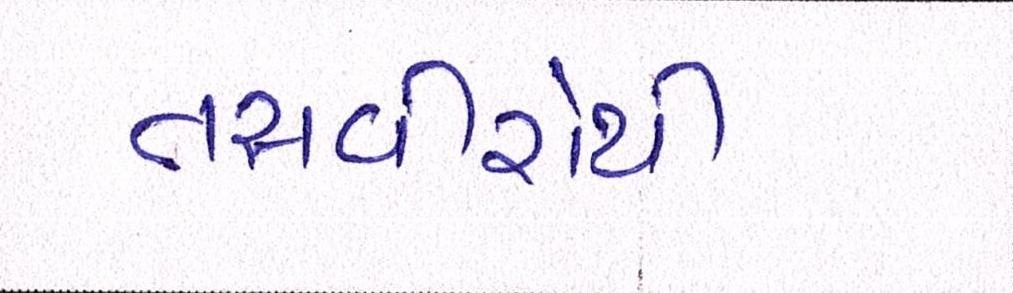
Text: તસવીરોથી